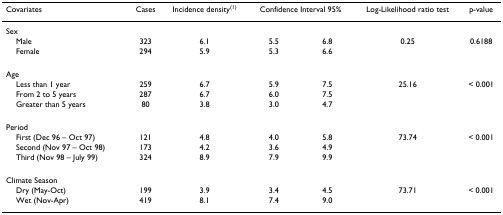
<table><thead><tr><td><b>Covariates</b></td><td><b>Cases</b></td><td><b>Incidence density<sup>(1)</sup></b></td><td colspan="2"><b>Confidence Interval 95%</b></td><td><b>Log-Likelihood ratio test</b></td><td><b>p-value</b></td></tr></thead><tbody><tr><td>Sex</td><td></td><td></td><td></td><td></td><td></td><td></td></tr><tr><td> Male</td><td>323</td><td>6.1</td><td>5.5</td><td>6.8</td><td>0.25</td><td>0.6188</td></tr><tr><td> Female</td><td>294</td><td>5.9</td><td>5.3</td><td>6.6</td><td></td><td></td></tr><tr><td>Age</td><td></td><td></td><td></td><td></td><td></td><td></td></tr><tr><td> Less than 1 year</td><td>259</td><td>6.7</td><td>5.9</td><td>7.5</td><td>25.16</td><td>&lt; 0.001</td></tr><tr><td> From 2 to 5 years</td><td>287</td><td>6.7</td><td>6.0</td><td>7.5</td><td></td><td></td></tr><tr><td> Greater than 5 years</td><td>80</td><td>3.8</td><td>3.0</td><td>4.7</td><td></td><td></td></tr><tr><td>Period</td><td></td><td></td><td></td><td></td><td></td><td></td></tr><tr><td> First (Dec 96 – Oct 97)</td><td>121</td><td>4.8</td><td>4.0</td><td>5.8</td><td>73.74</td><td>&lt; 0.001</td></tr><tr><td> Second (Nov 97 – Oct 98)</td><td>173</td><td>4.2</td><td>3.6</td><td>4.9</td><td></td><td></td></tr><tr><td> Third (Nov 98 – July 99)</td><td>324</td><td>8.9</td><td>7.9</td><td>9.9</td><td></td><td></td></tr><tr><td>Climate Season</td><td></td><td></td><td></td><td></td><td></td><td></td></tr><tr><td> Dry (May-Oct)</td><td>199</td><td>3.9</td><td>3.4</td><td>4.5</td><td>73.71</td><td>&lt; 0.001</td></tr><tr><td> Wet (Nov-Apr)</td><td>419</td><td>8.1</td><td>7.4</td><td>9.0</td><td></td><td></td></tr></tbody></table>